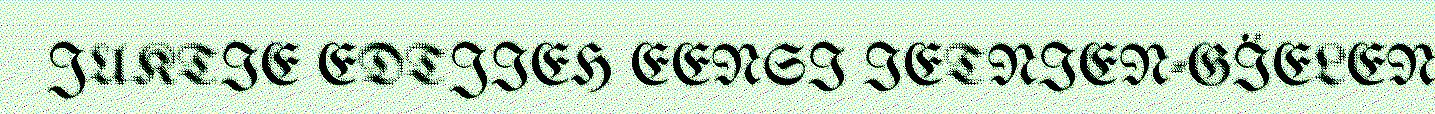
JUKTIE EDTJIEH EENSI IETNIEN-GÏELEN